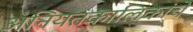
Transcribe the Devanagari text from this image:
अनियतकालिकांचे